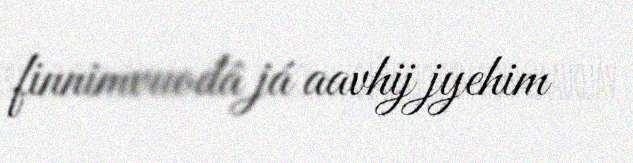
finnimvuođâ já aavhij jyehim